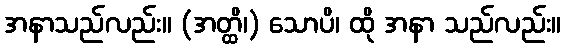
အနာသည်လည်း။ (အတ္ထိ၊) သောပိ၊ ထို အနာ သည်လည်း။